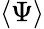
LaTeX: \langle\Psi\rangle